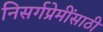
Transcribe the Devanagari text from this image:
निसर्गप्रेमींसाठी